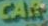
CAT